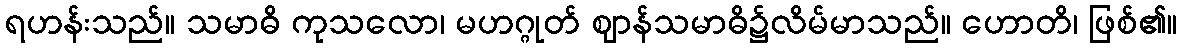
ရဟန်းသည်။ သမာဓိ ကုသလော၊ မဟဂ္ဂုတ် ဈာန်သမာဓိ၌လိမ်မာသည်။ ဟောတိ၊ ဖြစ်၏။